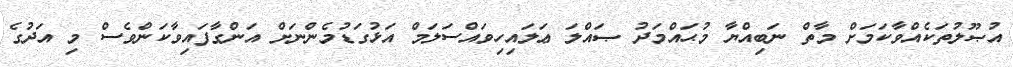
އުޞޫލުތަކެއްވާކަމަށް މާތް ނަބިއްޔާ މުޙައްމަދު ޞައްލަ ޢަލައިހިވައްސަލަމް އަޅުގަޑުމެންނަށް އަންގާފައިވާކަންވެސް މި އަދުގެ